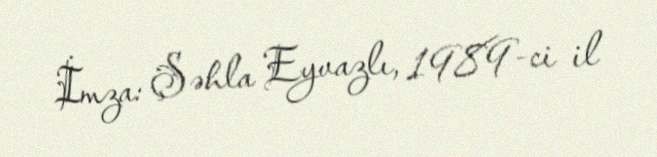
İmza: Şəhla Eyvazlı, 1989-ci il